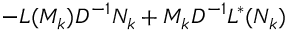
- L ( M _ { k } ) D ^ { - 1 } N _ { k } + M _ { k } D ^ { - 1 } L ^ { \ast } ( N _ { k } )